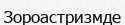
Зороастризмде